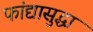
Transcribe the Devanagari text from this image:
फांद्यासुद्धा